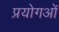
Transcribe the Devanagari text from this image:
प्रयोगओं